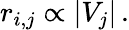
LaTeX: r_{i,j}\propto|V_{j}|\, .